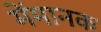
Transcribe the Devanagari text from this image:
मेंमानक